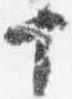
十